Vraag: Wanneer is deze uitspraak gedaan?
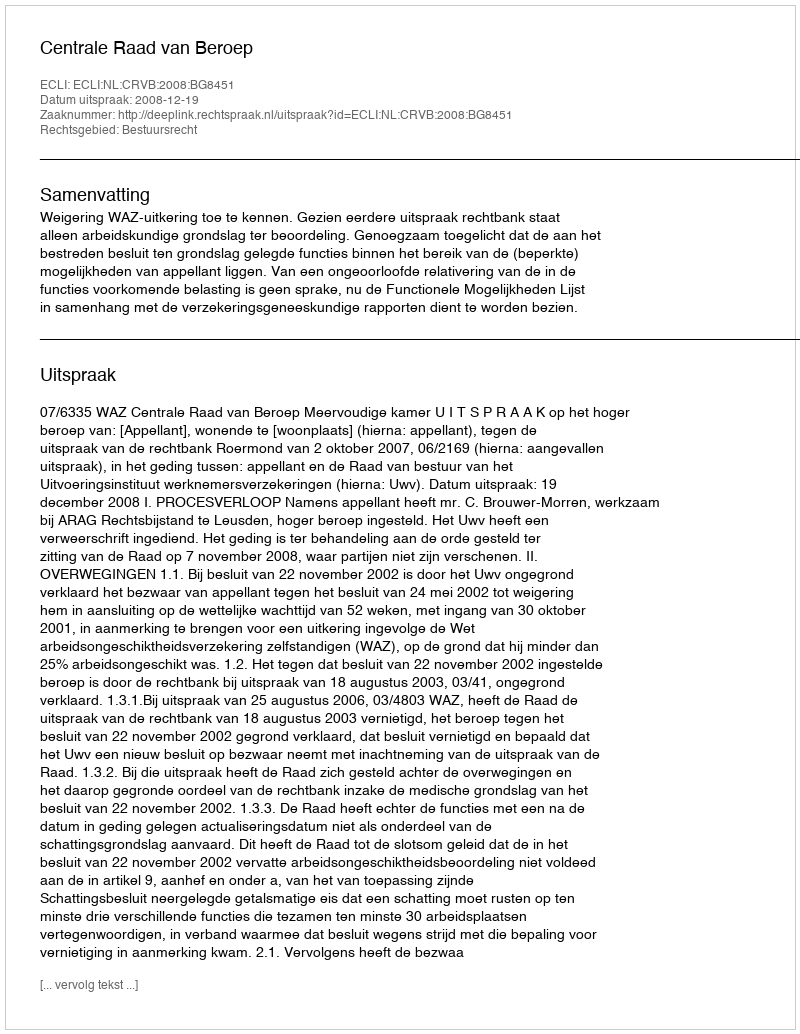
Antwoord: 2008-12-19